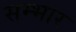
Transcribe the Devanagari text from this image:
सम्भार